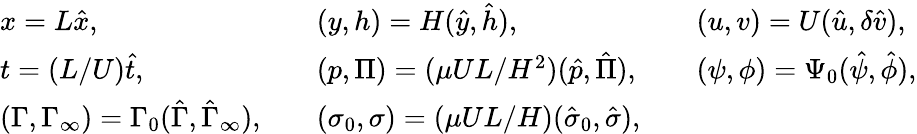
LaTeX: \begin{array}{lll}{x=L\hat{x},}&{\quad(y,h)=H(\hat{y},\hat{h}),}&{\quad(u,v)=U(\hat{u},\delta\hat{v}),}\\ {t=(L/U)\hat{t},}&{\quad(p,\Pi)=(\mu UL/H^{2})(\hat{p},\hat{\Pi}),}&{\quad(\psi,\phi)=\Psi_{0}(\hat{\psi},\hat{\phi}),}\\ {(\Gamma,\Gamma_{\infty})=\Gamma_{0}(\hat{\Gamma},\hat{\Gamma}_{\infty}),}&{\quad(\sigma_{0},\sigma)=\left(\mu UL/H\right)(\hat{\sigma}_{0},\hat{\sigma}),}&\end{array}